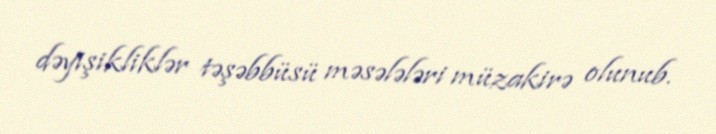
dəyişikliklər təşəbbüsü məsələləri müzakirə olunub.